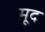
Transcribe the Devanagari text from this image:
मूद